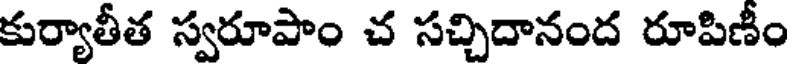
కుర్యాతీత స్వరూపాం చ సచ్చిదానంద రూపిణీం